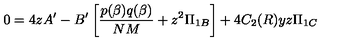
0 = 4 z A ^ { \prime } - B ^ { \prime } \left[ \frac { p ( \beta ) q ( \beta ) } { N M } + z ^ { 2 } \Pi _ { 1 B } \right] + 4 C _ { 2 } ( R ) y z \Pi _ { 1 C }